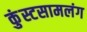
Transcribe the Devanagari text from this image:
कुंस्टसामलंग